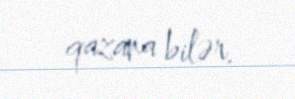
qazana bilər.